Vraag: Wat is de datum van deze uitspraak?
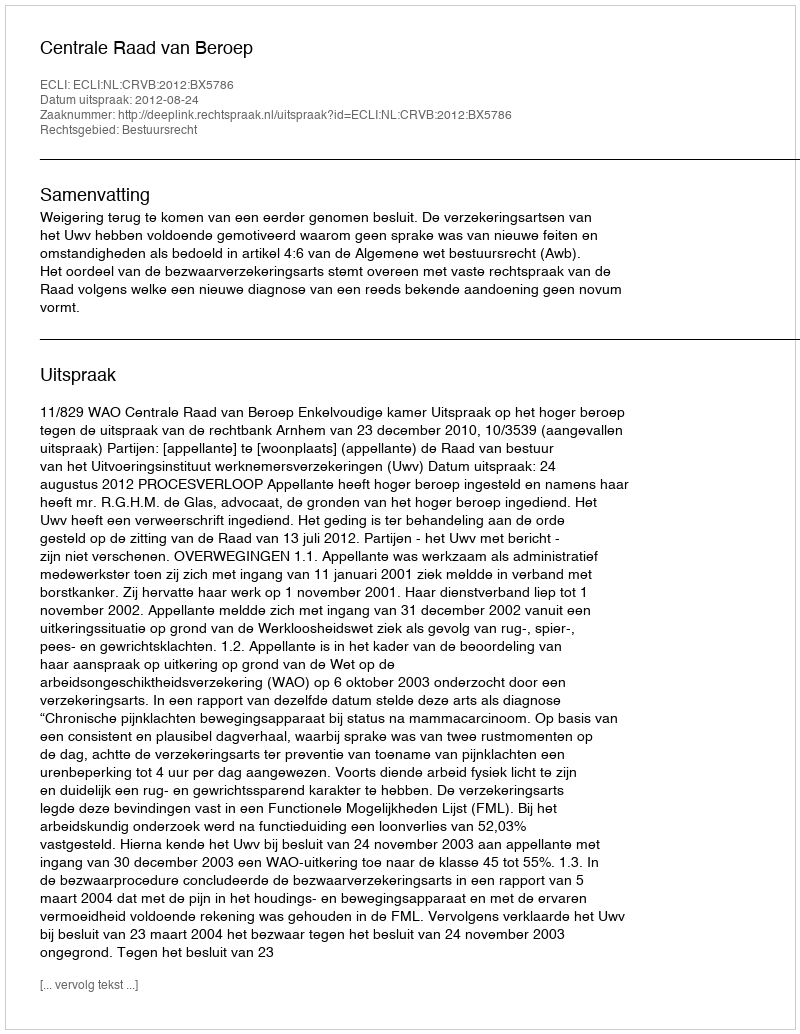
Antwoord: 2012-08-24